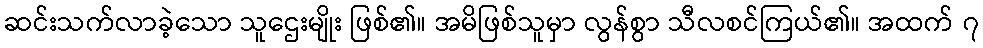
ဆင်းသက်လာခဲ့သော သူဌေးမျိုး ဖြစ်၏။ အမိဖြစ်သူမှာ လွန်စွာ သီလစင်ကြယ်၏။ အထက် ၇